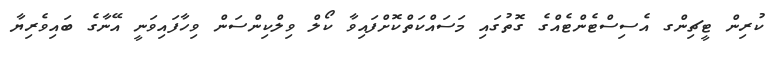
ކުރިން ޓީޗިންގ އެސިސްޓެންޓެއްގެ ގޮތުގައި މަސައްކަތްކޮށްފައިވާ ކޯލް ވިލްކިންސަން ވިހާފައިވަނީ އޭނާގެ ބައިވެރިޔާ